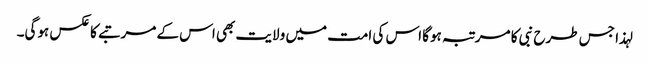
لہذا جس طرح نبی کا مرتبہ ہوگا اس کی امت میں ولایت بھی اس کے مرتبے کا عکس ہوگی۔